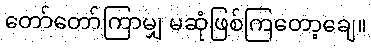
တော်တော်ကြာမျှ မဆုံဖြစ်ကြတော့ချေ။